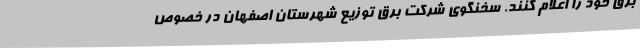
برق خود را اعلام کنند. سخنگوی شرکت برق توزیع شهرستان اصفهان در خصوص